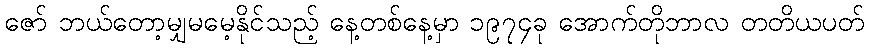
ဇော် ဘယ်တော့မျှမမေ့နိုင်သည့် နေ့တစ်နေ့မှာ ၁၉၇၄ခု အောက်တိုဘာလ တတိယပတ်